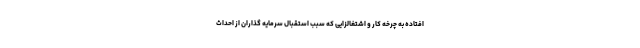
افتاده به چرخه کار و اشتغالزایی که سبب استقبال سرمایه گذاران از احداث